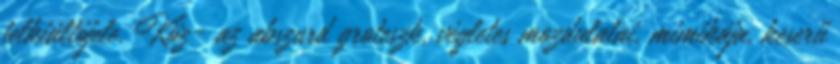
felkiáltójele. Köz- az abszurd groteszk, végletes mozdulatai, mimikája, keserű